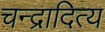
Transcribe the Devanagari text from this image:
चन्द्रादित्य